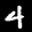
Label: 4